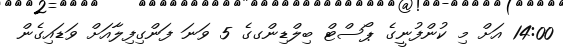
14:00 އަށް މި ކުންފުނީގެ ޕޯސްޓް ބިލްޑިންގގެ 5 ވަނަ ފަންގިފިލާއަށް ވަޑައިގެން